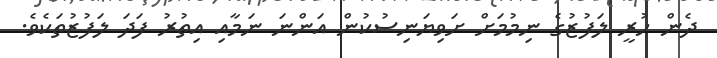
ދެން ހުރީ ލަފުޒުގެ ނިމުމަށް ށަވިޔަނިސުކުން އަންނަ ނަމާއި އިތުރު ފަދަ ލަފުޒުތަކެވެ.